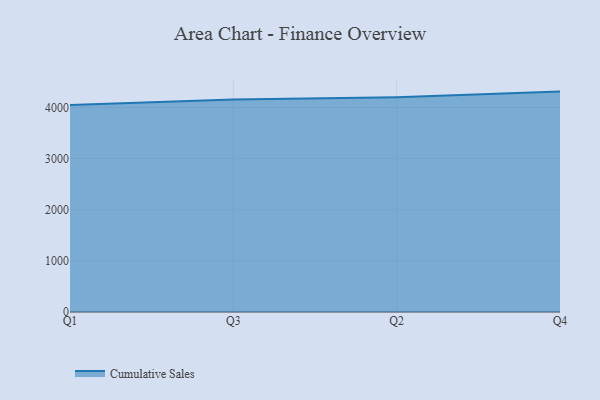
{"axis": {"x": "Quarter", "y": "Shipments"}, "legend": ["Cumulative Sales"], "data": [{"x": "Q1", "y": 4049.4, "type": "Cumulative Sales"}, {"x": "Q3", "y": 4154.8, "type": "Cumulative Sales"}, {"x": "Q2", "y": 4199.7, "type": "Cumulative Sales"}, {"x": "Q4", "y": 4309.9, "type": "Cumulative Sales"}]}